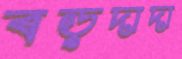
বড়দাদা